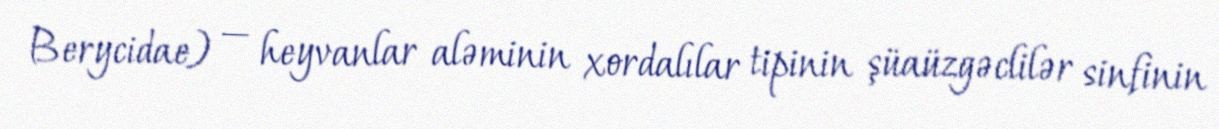
Berycidae) — heyvanlar aləminin xordalılar tipinin şüaüzgəclilər sinfinin